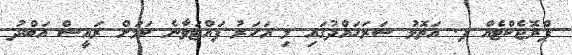
ޕްރޮޖެކްޓެއް ފ. އަތޮޅު ސަރަހައްދުގައި މި އަހަރު ފައްޓަވާނެ ކަމަށް ރައީސް އަބްދު